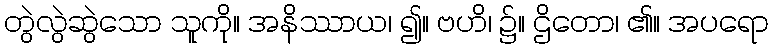
တွဲလွဲဆွဲသော သူကို။ အနိဿာယ၊ ၍။ ဗဟိ၊ ၌။ ဌိတော၊ ၏။ အပရော